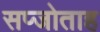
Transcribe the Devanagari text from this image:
सप्जोताह